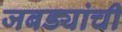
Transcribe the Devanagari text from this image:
जबड्यांची